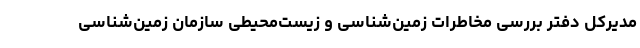
مدیرکل دفتر بررسی مخاطرات زمین‌شناسی و زیست‌محیطی سازمان زمین‌شناسی